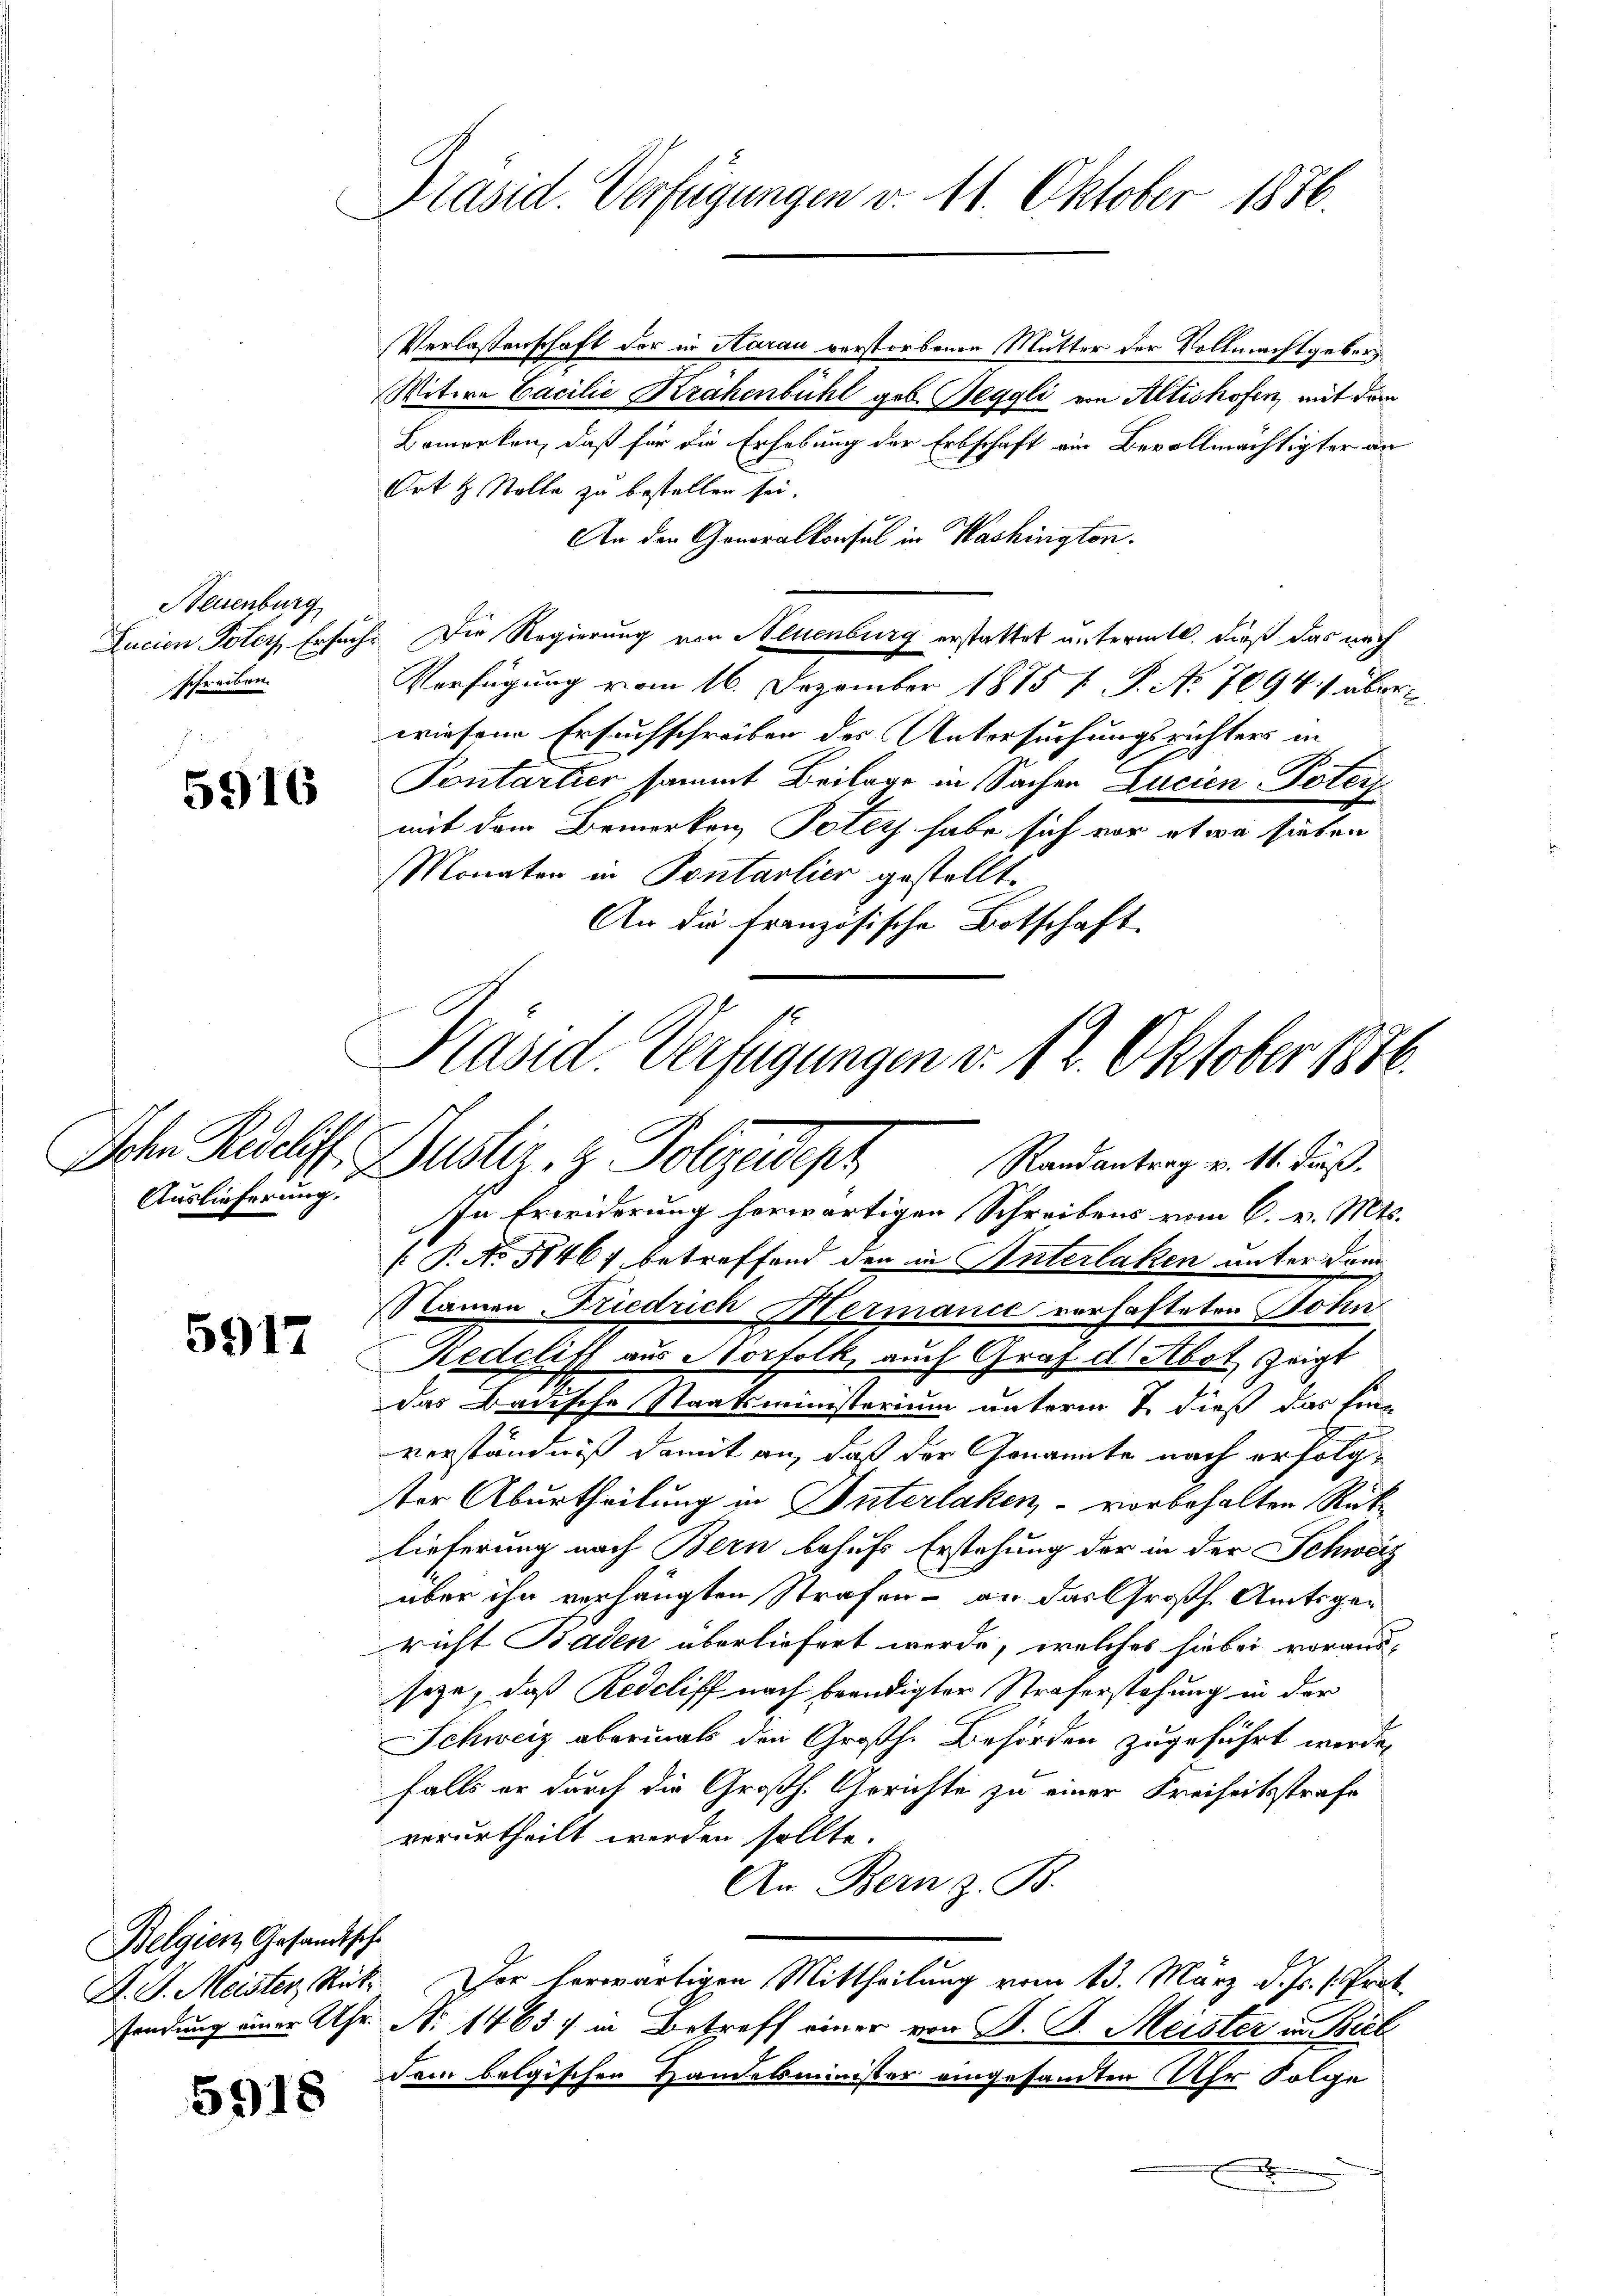
Neuenburg
schreiben.

5916

Auslieferung.

5917

5918

Präsid. Verfügungen v. 11. Oktober 1836.

Verlassenschaft der in Aarau verstorbenen Mutter der Vollmachtgeben¬
Witwe Cacilie Krahenbühl geb. Heggli von Altishofen, mit dem
Bemerken, daß für die Erhebung der Erbschaft ein Bevollmächtigter an
Ort & Stelle zu bestellen sei.
An der Generalkonsul in Washington.
Zucien Potey Ersuch. Die Regierung von Neuenburg erstattet untermitt. dieß das nach
Verfügung vom 16. Dezember 1875 f. P. Nr. 7094. / über
wiesene Ersuchschreiben des Untersuchungsrichters in
Pontartier sammt Beilage in Sachen Lucien Poter
mit dem Bemerken, Tolly habe sich vor etwa sieben
Monaten in Pontarlier gestellt.
An die französische Botschaft.

Präsid. Verfügungen d. 12. Oktober 1816.
Ich. Recht. Justiz & Polizeideph Randantrag v. 14. dieß

Belgien Gesandtsche

In Erwiderung herwärtigen Schreibens vom 6. v. Mts.
[ P. No 51467 betreffend den in Unterlaken unter dann
Namen Friedrich Hermanie verhafteten Sohin
Kedcliff aus Norfolk, auch Graf d. Abot zeigt
das Badische Staatsministerium unterm 7 dieß das Ein-
verständniß damit an, daß der Genannte nach erfolgter Aburtheilung in Unterlaken - vorbehalten Rüklieferung nach Bern behufs Erstehung der in der Schweiz
über ihn verhängten Strafen – an das Großh. Amtsgericht Baden überliefert werde, welches hiebei vorausseze, daß Redcliff nach beendigter Straferstehung in der
Schweiz abermals den Großh. Behörden zugeführt werde,
falls er durch die Großh. Gerichte zu einer Freiheitsstrafe
verurtheilt werden sollte.
An Bern z. B.
D. J. Meister, Rüti, er herwärtigen Mittheilung vom 13. März d. Js. s. Prof.
sendung einer Uhr N. 1463) in Betreff einer von B. B. Meister in Biel
dem belgischen Handelsminister eingesamten Uhr Folge
x